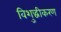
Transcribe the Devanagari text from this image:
विशुद्धीकरण